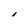
Character: i